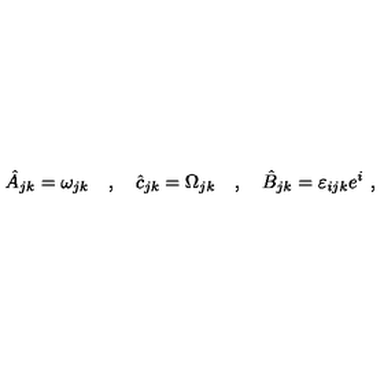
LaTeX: \hat { A } _ { j k } = \omega _ { j k } \quad , \quad \hat { c } _ { j k } = \Omega _ { j k } \quad , \quad \hat { B } _ { j k } = \varepsilon _ { i j k } e ^ { i } \ ,